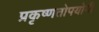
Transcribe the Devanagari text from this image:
प्रकृष्णतोपयोगी